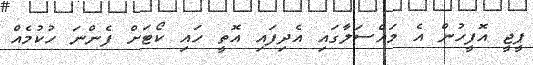
ޕީޖީ އޮފީހުން އެ މައްސަލާގައި އެދިފައި އޮތީ ހައި ކޯޓަށް ފެންނަ ހުކުމެއް